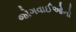
જોગવાઈઓનો